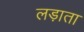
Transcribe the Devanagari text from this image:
लड़ाता